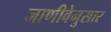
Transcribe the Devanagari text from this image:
जाणीवेनुसार